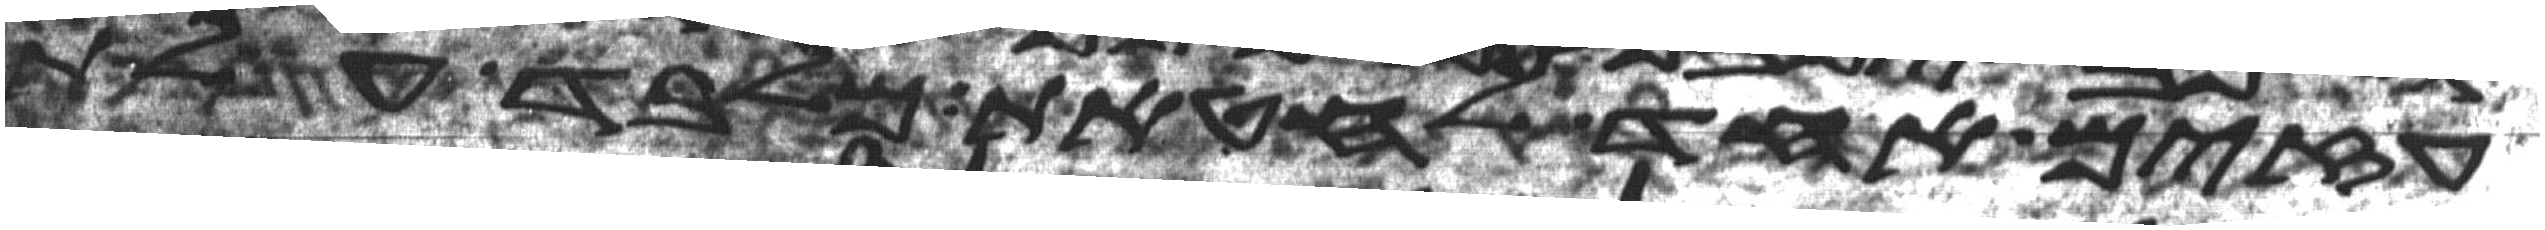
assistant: עזים אחד לחטאת מלבד עלת